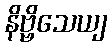
နိဗ္ဗိသေယျ